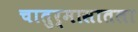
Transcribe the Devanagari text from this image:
चातुर्मासातला